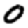
Digit: 0